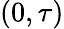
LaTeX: (0,\tau)